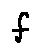
f